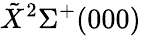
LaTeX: \tilde{X}^{2}\Sigma^{+}(000)